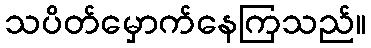
သပိတ်မှောက်နေကြသည်။